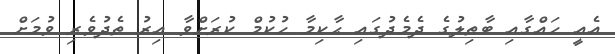
އެއީ ހައްގާއި ބާޠިލުގެ ދެމެދުގައި ޙާކިމާ ހުކުމް ކުރަށްވާ އިރު ތެދުވެރި ވުމަށް